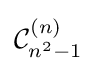
{\mathcal {C}}_{n^{2}-1}^{(n)}